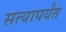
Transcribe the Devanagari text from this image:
सत्यापर्यंत